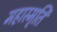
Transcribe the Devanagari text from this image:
महास्मृति